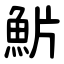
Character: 魸